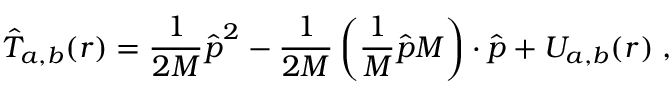
\hat { T } _ { { a , b } } ( \boldsymbol { r } ) = \frac { 1 } { 2 M } \hat { \boldsymbol { p } } ^ { 2 } - \frac { 1 } { 2 M } \left( \frac { 1 } { M } \hat { \boldsymbol { p } } M \right) \cdot \hat { \boldsymbol { p } } + U _ { a , b } ( \boldsymbol { r } ) \; ,